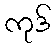
ကုဒ်